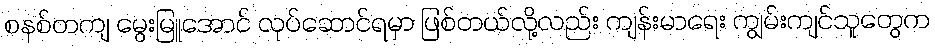
စနစ်တကျ မွေးမြူအောင် လုပ်ဆောင်ရမှာ ဖြစ်တယ်လို့လည်း ကျန်းမာရေး ကျွမ်းကျင်သူတွေက